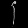
Digit: ၄